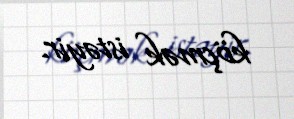
köçmək istəyir.